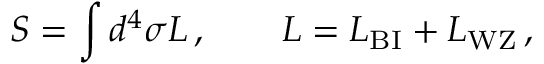
S = \int d ^ { 4 } \sigma { \cal L } \, , \qquad { \cal L } = { \cal L } _ { \mathrm { B I } } + { \cal L } _ { \mathrm { W Z } } \, ,